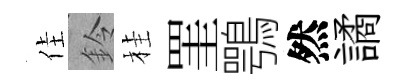
佳鈴桂罣鶚然譎